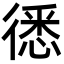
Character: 㣰